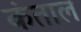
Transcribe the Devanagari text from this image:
कंताल